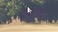
૦૨૬૪૯